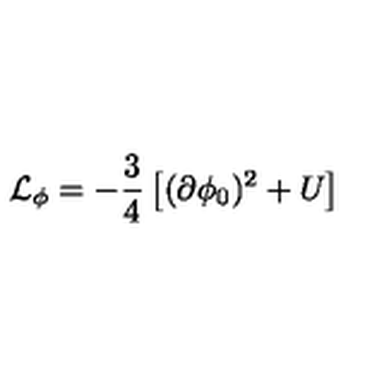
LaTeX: { \cal L } _ { \phi } = - \frac { 3 } { 4 } \left[ ( \partial \phi _ { 0 } ) ^ { 2 } + U \right]